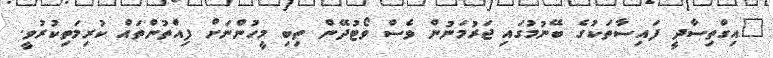
"އިގްތިސާދީ ފައިސާތަކުގެ ބޭނުމުގައި ޖަރުމަނުން ވެސް ވޯޓުދޭން ތިބި މީހުންނަށް ފިއްތުންތައް ކުރިމަތިކުރުވީ.